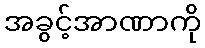
အခွင့်အာဏာကို